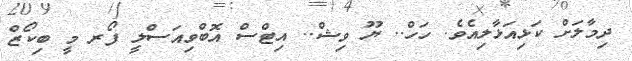
ދިމާލަށް ކަޅިއަޅާލިއެވެ. ހަހް.. ޔޫ ވިޝް.. އިޓްސް އޮބްވިއަސްލީ ފޯރ މީ ބިކޯޒް